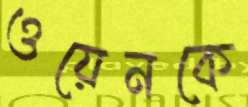
ওয়েনকে